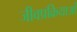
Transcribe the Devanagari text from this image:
जीवप्रक्रियाओं